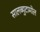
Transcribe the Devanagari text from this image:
सालब्युटामोल